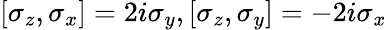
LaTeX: [\sigma_{z},\sigma_{x}]=2i\sigma_{y},[\sigma_{z},\sigma_{y}]=-2i\sigma_{x}